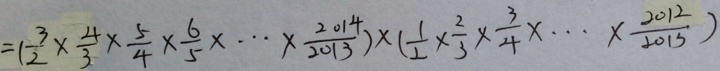
= ( \frac { 3 } { 2 } \times \frac { 4 } { 3 } \times \frac { 5 } { 4 } \times \frac { 6 } { 5 } \times \cdots \times \frac { 2 0 1 4 } { 2 0 1 3 } ) \times ( \frac { 1 } { 2 } \times \frac { 2 } { 3 } \times \frac { 3 } { 4 } \times \cdots \times \frac { 2 0 1 2 } { 2 0 1 3 } )